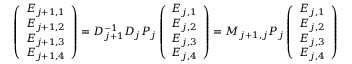
\left( \begin{array} { c } { E _ { j + 1 , 1 } } \\ { E _ { j + 1 , 2 } } \\ { E _ { j + 1 , 3 } } \\ { E _ { j + 1 , 4 } } \end{array} \right) = \boldsymbol { D _ { j + 1 } ^ { - 1 } D _ { j } P _ { j } } \left( \begin{array} { c } { E _ { j , 1 } } \\ { E _ { j , 2 } } \\ { E _ { j , 3 } } \\ { E _ { j , 4 } } \end{array} \right) = \boldsymbol { M _ { j + 1 , j } P _ { j } } \left( \begin{array} { c } { E _ { j , 1 } } \\ { E _ { j , 2 } } \\ { E _ { j , 3 } } \\ { E _ { j , 4 } } \end{array} \right)